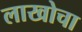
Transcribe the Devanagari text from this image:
लाखोचा